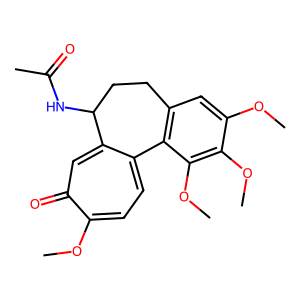
SMILES: COc1cc2c(c(OC)c1OC)-c1ccc(OC)c(=O)cc1C(NC(C)=O)CC2
Inhibits HIV replication: No